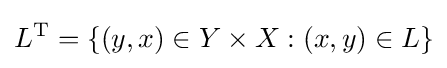
L^{\operatorname {T} }=\{(y,x)\in Y\times X:(x,y)\in L\}